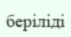
беріліді